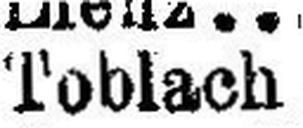
Toblach